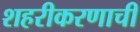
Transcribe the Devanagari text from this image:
शहरीकरणाची